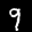
Digit: 9